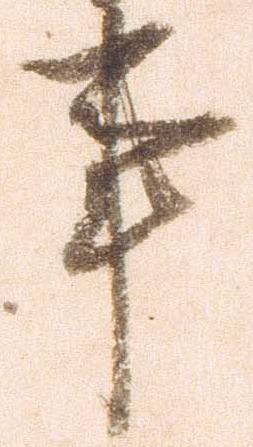
事